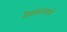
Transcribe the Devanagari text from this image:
देशकालाचे